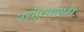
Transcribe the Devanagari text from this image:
उद्योगालाही